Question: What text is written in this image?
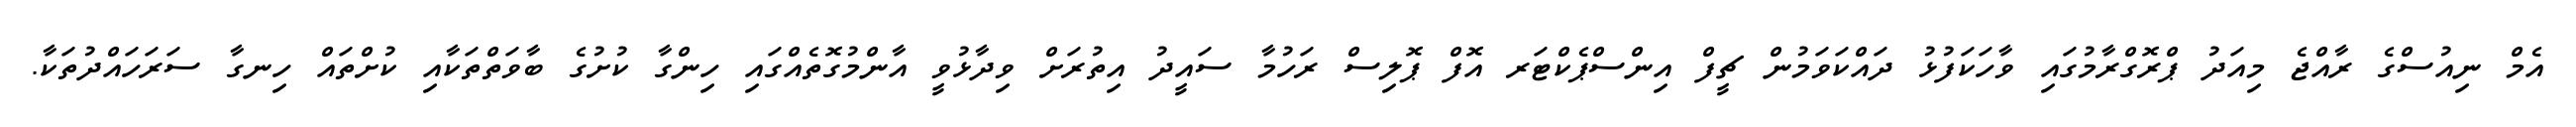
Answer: އެމް ނިއުސްގެ ރާއްޖެ މިއަދު ޕްރޮގްރާމުގައި ވާހަކަފުޅު ދައްކަވަމުން ޗީފް އިންސްޕެކްޓަރ އޮފް ޕޮލިސް ރަހުމާ ސައީދު އިތުރަށް ވިދާޅުވީ އާންމުގޮތެއްގައި ހިންގާ ކުށުގެ ބާވަތްތަކާއި ކުށްތައް ހިނގާ ސަރަހައްދުތަކާ.